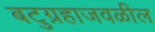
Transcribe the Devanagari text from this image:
बटुग्रहाजवळील